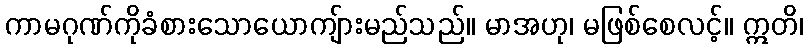
ကာမဂုဏ်ကိုခံစားသောယောကျ်ားမည်သည်။ မာအဟု၊ မဖြစ်စေလင့်။ ဣတိ၊